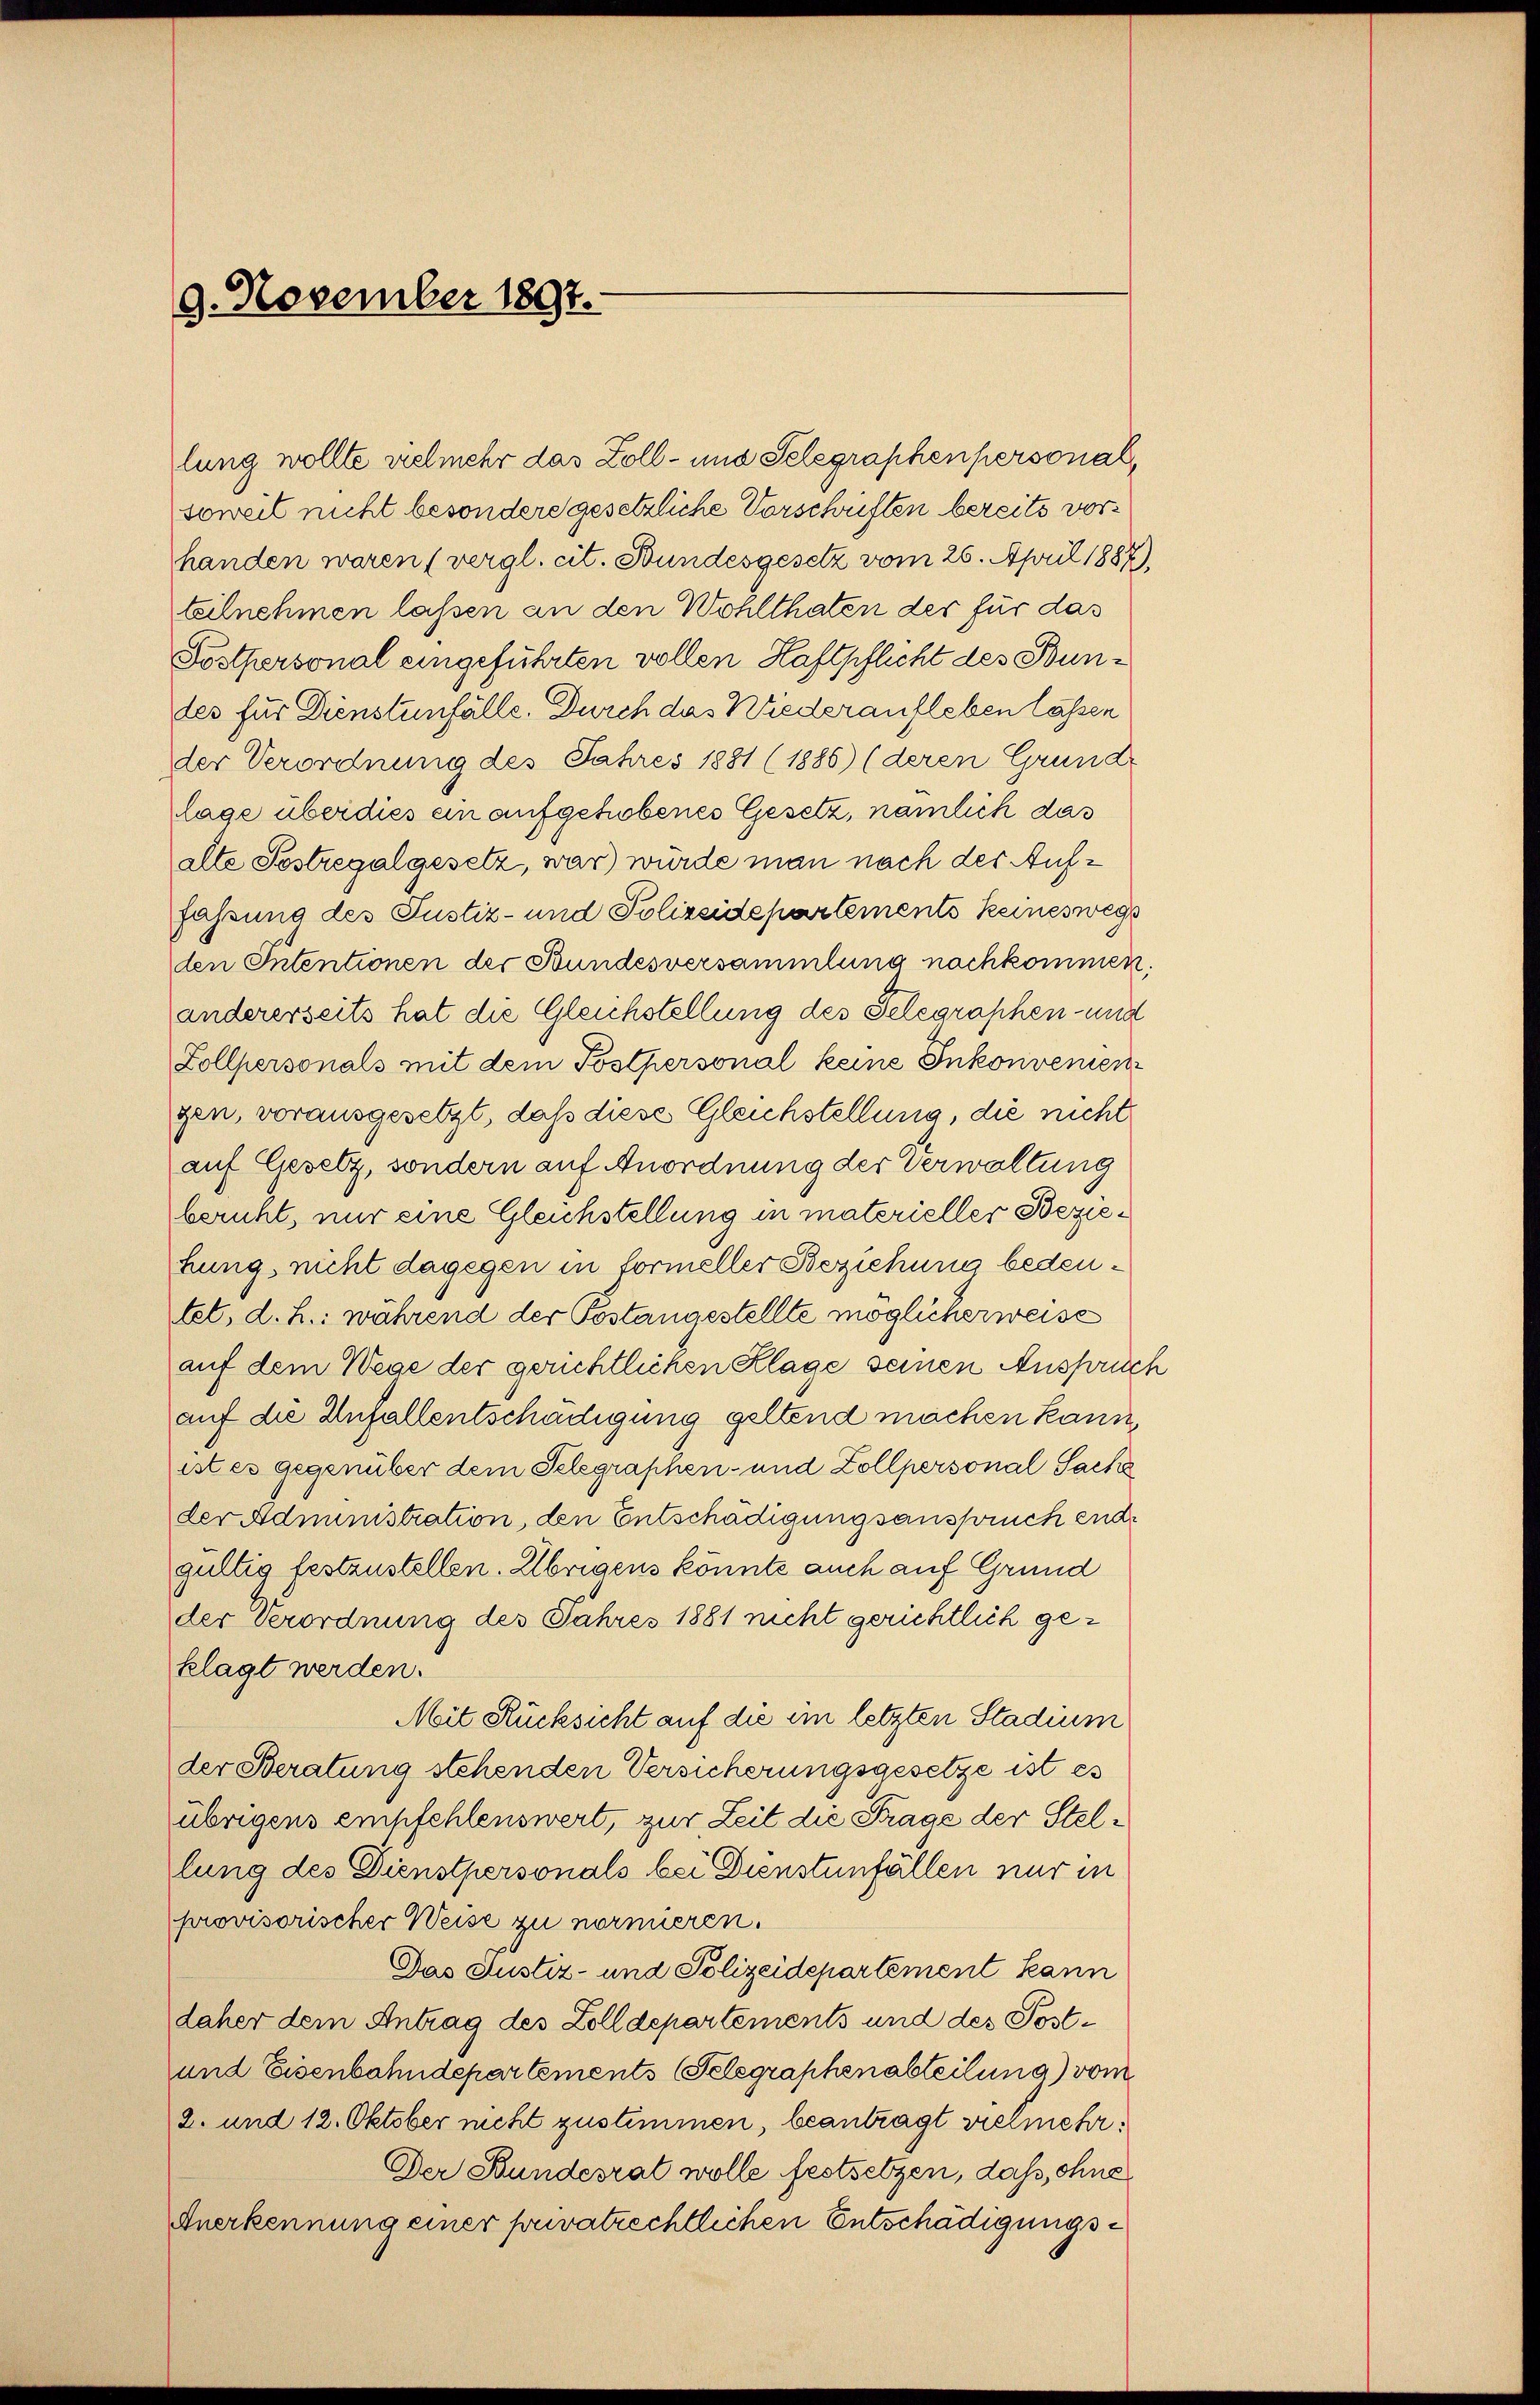
9. November 1897.

lung wollte vielmehr das Zoll- und Selegraphenpersonalsoweit nicht besondere gesetzliche Vorschriften bereits vorhanden waren (vergl. cit. Bundesgesetz vom 26. April 1887).
teilnehmen lassen an den Wohlthaten der für das
Postpersonal eingeführten vollen Haftpflicht des Bundes für Dienstenfälle. Durch das Niederaufleben lassen
der Verordnung des Fahres 1881 (1886) (deren Grund-
lage überdies ein aufgehobenes Gesetz, nämlich das
alte Sostregalgesetz, war) wurde man nach der Auffassung des Justiz- und Polizeidepartements keineswegs
den Intentionen der Bundesversammlung nachkommen.
andererseits hat die Gleichstellung des Telegraphen- und
Zollpersonals mit dem Postpersonal keine Inkonvenien
gen, vorausgesetzt, daß diese Gleichstellung, die nicht
auf Gesetz, sondern auf Anordnung der Verwaltung
beruht, nur eine Gleichstellung in materieller Beziehung, nicht dagegen in Formeller Beziehung bedeutet, d. h.: während der Postangestellte möglicherweise
auf dem Wege der gerichtlichen Klage seinen Anspruch
auf die Anfallentschädigung geltend machen kann,
istes gegenüber dem Telegraphen- und Zollpersonal Sache
der Administration, den Entschädigungsanspruch endgültig festzustellen. Übrigens könnte auch auf Grund
der Verordnung des Jahres 1881 nicht gerichtlich geklagt werden.
Mit Rücksicht auf die im letzten Stadium
der Beratung stehenden Versicherungsgesetze ist es
übrigens empfehlenswert, zur Zeit die Frage der Stellung des Dienstpersonals bei Dienstenfällen nur in
provisorischer Weise zu normieren.
Das Justiz- und Polizeidepartement kann
daher dem Antrag des Zolldepartements und des Post¬
und Eisenbahndepartements (Telegraphenabteilung vom
2. und 12. Oktober nicht zustimmen, beantragt viermehr¬
Der Stundesrat wolle festsetzen, daß, ohne
Anerkennung einer privatrechtlichen Entschädigungs¬